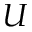
U